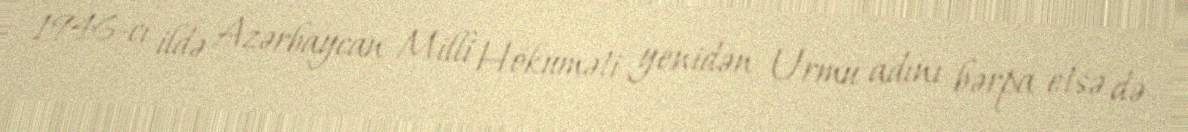
1946-cı ildə Azərbaycan Milli Hökuməti yenidən Urmu adını bərpa etsə də